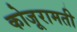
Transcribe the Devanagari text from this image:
कोजूरामती